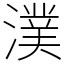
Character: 𣾴